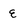
Character: E